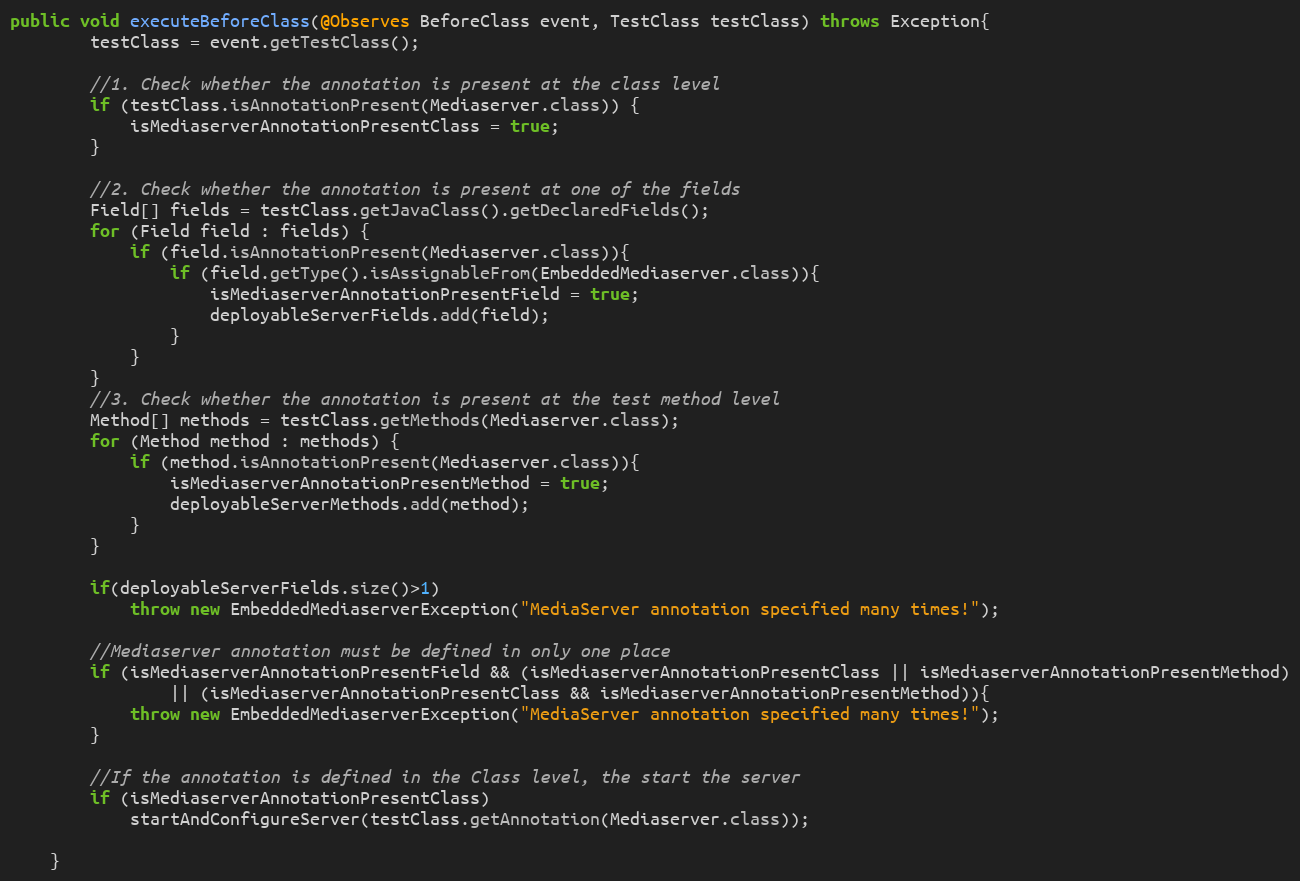
Language: Java
public void executeBeforeClass(@Observes BeforeClass event, TestClass testClass) throws Exception{
		testClass = event.getTestClass();

		//1. Check whether the annotation is present at the class level
		if (testClass.isAnnotationPresent(Mediaserver.class)) {
			isMediaserverAnnotationPresentClass = true;
		}

		//2. Check whether the annotation is present at one of the fields
		Field[] fields = testClass.getJavaClass().getDeclaredFields();
		for (Field field : fields) {
			if (field.isAnnotationPresent(Mediaserver.class)){
				if (field.getType().isAssignableFrom(EmbeddedMediaserver.class)){
					isMediaserverAnnotationPresentField = true;
					deployableServerFields.add(field);
				}
			}
		}
		//3. Check whether the annotation is present at the test method level
		Method[] methods = testClass.getMethods(Mediaserver.class);
		for (Method method : methods) {
			if (method.isAnnotationPresent(Mediaserver.class)){
				isMediaserverAnnotationPresentMethod = true;
				deployableServerMethods.add(method);
			}
		}

		if(deployableServerFields.size()>1)
			throw new EmbeddedMediaserverException("MediaServer annotation specified many times!");

		//Mediaserver annotation must be defined in only one place
		if (isMediaserverAnnotationPresentField && (isMediaserverAnnotationPresentClass || isMediaserverAnnotationPresentMethod)
				|| (isMediaserverAnnotationPresentClass && isMediaserverAnnotationPresentMethod)){
			throw new EmbeddedMediaserverException("MediaServer annotation specified many times!");
		}

		//If the annotation is defined in the Class level, the start the server
		if (isMediaserverAnnotationPresentClass)
			startAndConfigureServer(testClass.getAnnotation(Mediaserver.class));

	}